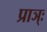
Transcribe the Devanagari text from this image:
प्राञ्ः